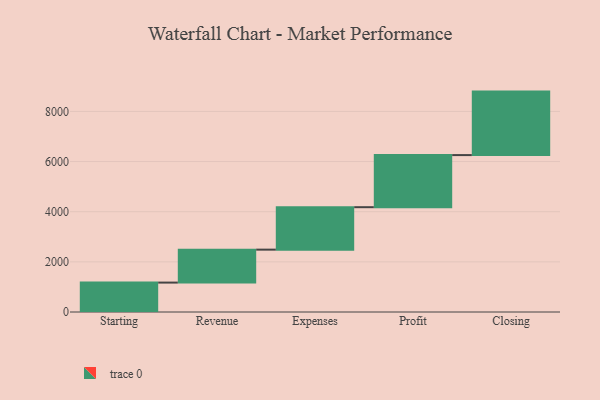
{"axis": {"x": "Step", "y": "Value"}, "legend": [""], "data": [{"x": "Starting", "y": 1173.0, "type": ""}, {"x": "Revenue", "y": 1314.0, "type": ""}, {"x": "Expenses", "y": 1693.0, "type": ""}, {"x": "Profit", "y": 2078.0, "type": ""}, {"x": "Closing", "y": 2532.0, "type": ""}]}